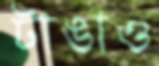
টাঙাও